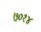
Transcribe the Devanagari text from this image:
७०१४